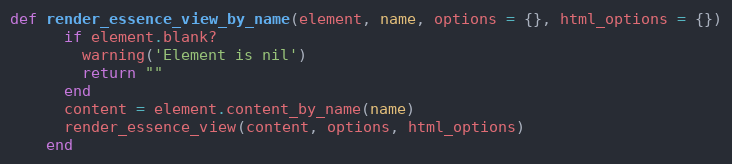
Language: Ruby
def render_essence_view_by_name(element, name, options = {}, html_options = {})
      if element.blank?
        warning('Element is nil')
        return ""
      end
      content = element.content_by_name(name)
      render_essence_view(content, options, html_options)
    end